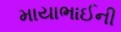
માયાભાઈની